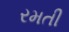
રમતી